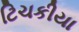
ટિચકીયા